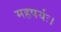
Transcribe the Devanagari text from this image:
महषर्यः।